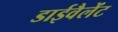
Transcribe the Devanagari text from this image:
डाईवैलेंट